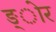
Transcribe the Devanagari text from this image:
ङ्ोर